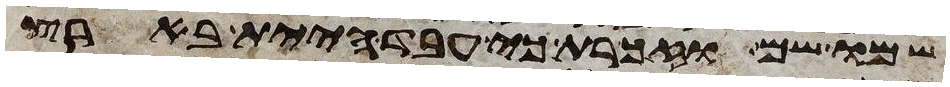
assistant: שמו שם וזכרת כי עבד היית בארץ